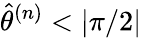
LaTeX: \hat{\theta}^{(n)}<|\pi/2|